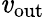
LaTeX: \mathit{v}_{\mathrm{{out}}}